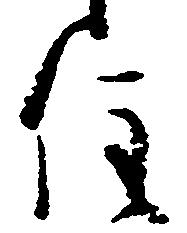
住